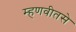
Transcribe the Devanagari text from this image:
म्हणवीतसे